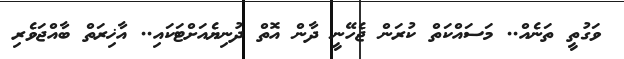
ވަގުތީ ތަނެއް.. މަސައްކަތް ކުރަން ޖެހޭނީ ދާން އޮތް ދުނިޔެއަށްޓަކައި.. އާޚިރަތް ބާއްޖަވެރި